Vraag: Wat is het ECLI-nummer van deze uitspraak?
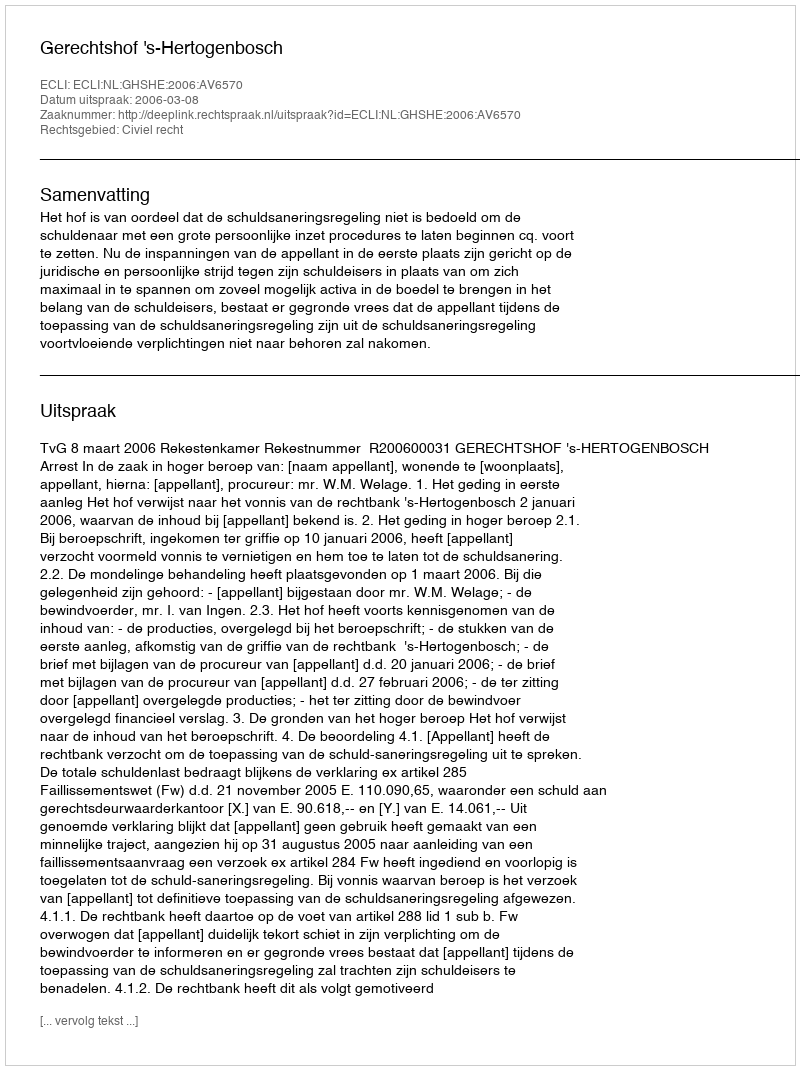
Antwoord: ECLI:NL:GHSHE:2006:AV6570